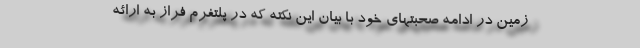
زمین در ادامه صحبتهای خود با بیان این نکته که در پلتفرم فراز به ارائه